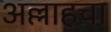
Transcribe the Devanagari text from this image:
अल्लाहचा